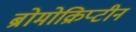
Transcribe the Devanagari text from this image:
ब्रोमोक्रिप्टीन